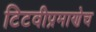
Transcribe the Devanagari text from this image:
टिटवीप्रमाणेच